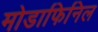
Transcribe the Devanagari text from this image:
मोडाफिनिल